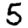
Digit: 5